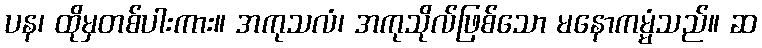
ပန၊ ထိုမှတစ်ပါးကား။ အကုသလံ၊ အကုသိုလ်ဖြစ်သော မနောကမ္မံသည်။ ဆ